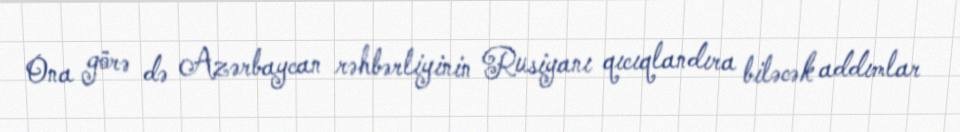
Ona görə də Azərbaycan rəhbərliyinin Rusiyanı qıcıqlandıra biləcək addımlar